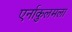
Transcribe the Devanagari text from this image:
एर्नाकुलमला